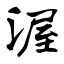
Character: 渥